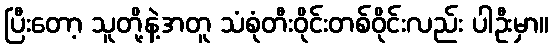
ပြီးတော့ သူတို့နဲ့အတူ သံစုံတီးဝိုင်းတစ်ဝိုင်းလည်း ပါဦးမှာ။